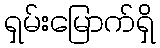
ရှမ်းမြောက်ရှိ